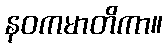
နဝကမာတိကာ။